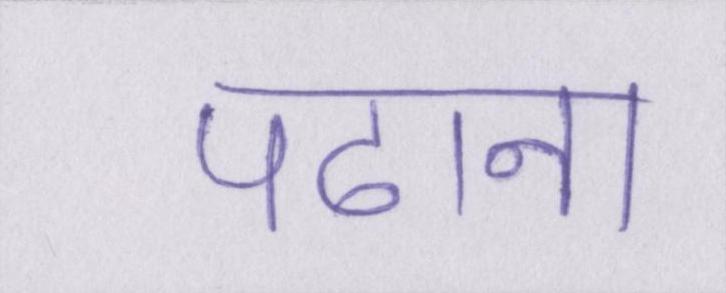
पढाना